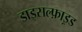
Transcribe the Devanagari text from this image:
डाइसल्फ़ाइ़ड